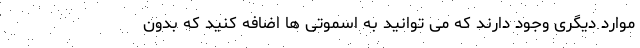
موارد دیگری وجود دارند که می توانید به اسموتی ها اضافه کنید که بدون